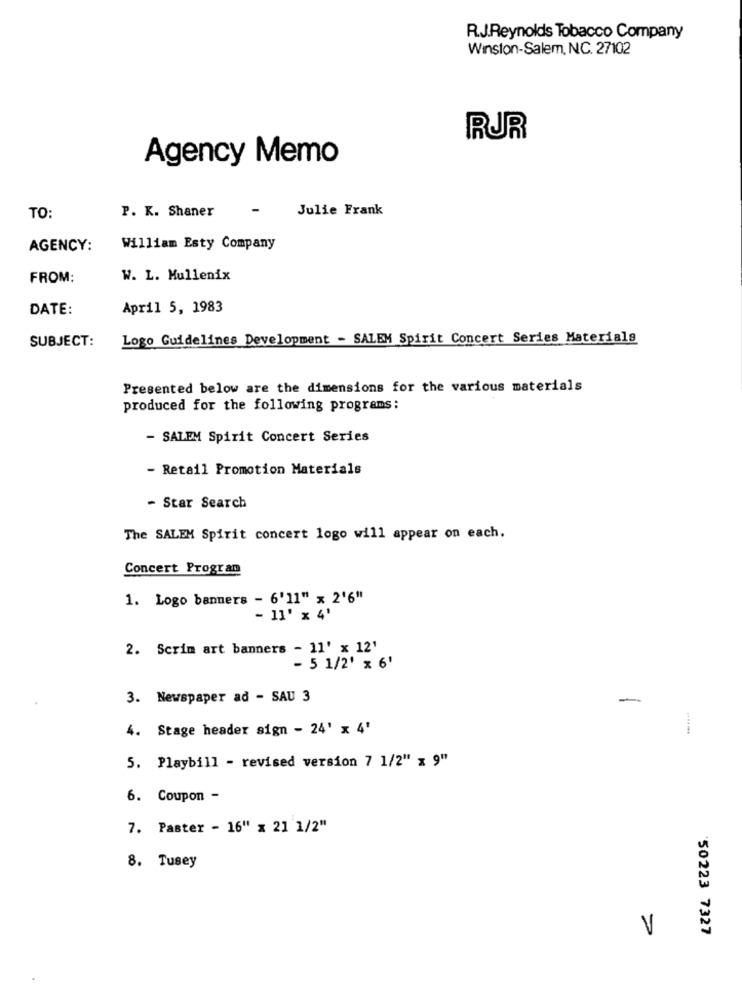
R.J.Reynolds Tobacco Company
Winston-Salem, N.C. 27102
RUR
Agency Memo
P. K. Shaner
-
Julie Frank
TO:
AGENCY:
William Esty Company
FROM:
W. L. Mullenix
DATE:
April 5, 1983
Logo Guidelines Development - SALEM Spirit Concert Series Materials
SUBJECT:
Presented below are the dimensions for the various materials
produced for the following programs:
- SALEM Spirit Concert Series
- Retail Promotion Materials
- Star Search
The SALEM Spirit concert logo will appear on each.
Concert Progran
1. Logo banners - 6'11" x 2'6"
- 11' x 4'
2. Scrim art banners - 11' x 12'
- 5 1/2' x 6'
3. Newspaper ad - SAU 3
-
4. Stage header sign - 24' x 4'
5. Playbill - revised version 7 1/2" x 9""
6. Coupon -
7. Paster - 16" x 21 1/2"
8. Tusey
V
50223 7327